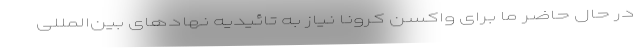
در حال حاضر ما برای واکسن کرونا نیاز به تائیدیه نهادهای بین‌المللی